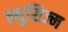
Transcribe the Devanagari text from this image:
ल्युसिज्म